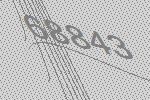
68843